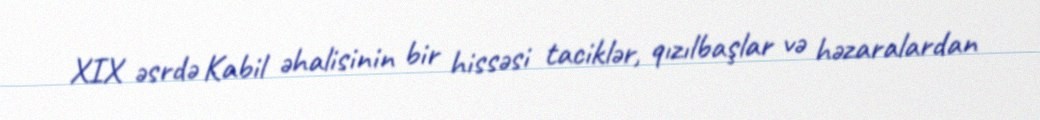
XIX əsrdə Kabil əhalisinin bir hissəsi taciklər, qızılbaşlar və həzaralardan